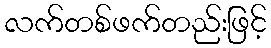
လက်တစ်ဖက်တည်းဖြင့်